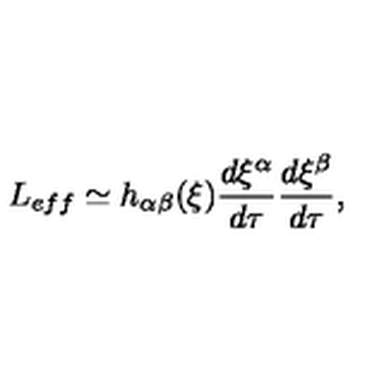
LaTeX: L _ { e f f } \simeq h _ { \alpha \beta } ( \xi ) \frac { d \xi ^ { \alpha } } { d \tau } \frac { d \xi ^ { \beta } } { d \tau } ,